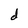
Character: d